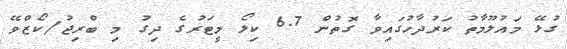
ގުޅޭ މައުލޫމާތު ކަރުދާހުގައިވާ ގޮތުން 6.7 ކިލޯ މީޓަރުގެ ދިގު މި ބްރިޖު/ކޯޒްވޭ